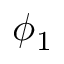
\phi _ { 1 }